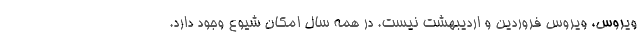
ویروس، ویروس فروردین و اردیبهشت نیست. در همه سال امکان شیوع وجود دارد.